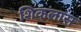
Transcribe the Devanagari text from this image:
शिकलास